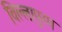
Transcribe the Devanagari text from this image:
विल्लापुरम